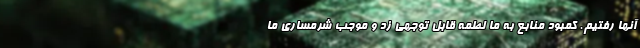
آنها رفتیم. کمبود منابع به ما لطمه قابل توجهی زد و موجب شرمساری ما